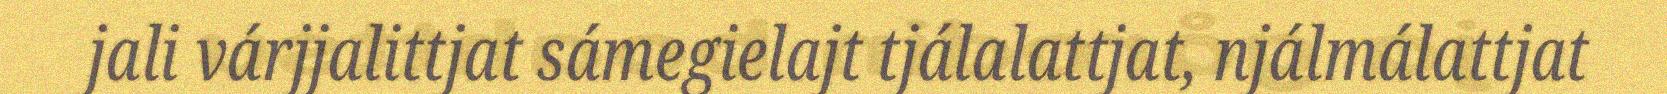
jali várjjalittjat sámegielajt tjálalattjat, njálmálattjat